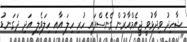
ޝާހިދު ވިދާޅުވީ ޖީއެމްއާރުން ގެނެސްފައި ހުރި ހިލަ އާއި ހިލަވެލި އަދި ދަގަނޑު